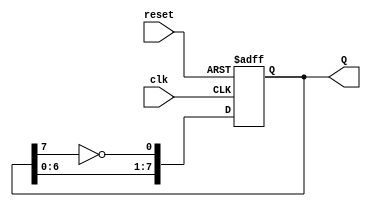
module johnson_counter(
    input wire clk,          // Clock input
    input wire reset,        // Asynchronous reset
    output reg [7:0] Q       // 8-bit output representing the state of the counter
);

    // Always block for synchronous operation on clock edge with asynchronous reset
    always @(posedge clk or posedge reset) begin
        if (reset) begin
            Q <= 8'b00000000; // Initialize to 00000000 on reset
        end else begin
            Q <= {Q[6:0], ~Q[7]}; // Shift left and feed inverted last bit to first
        end
    end

endmodule